Statistics compiled by the Government of India from the reports of provincial Civil Veterinary Departments
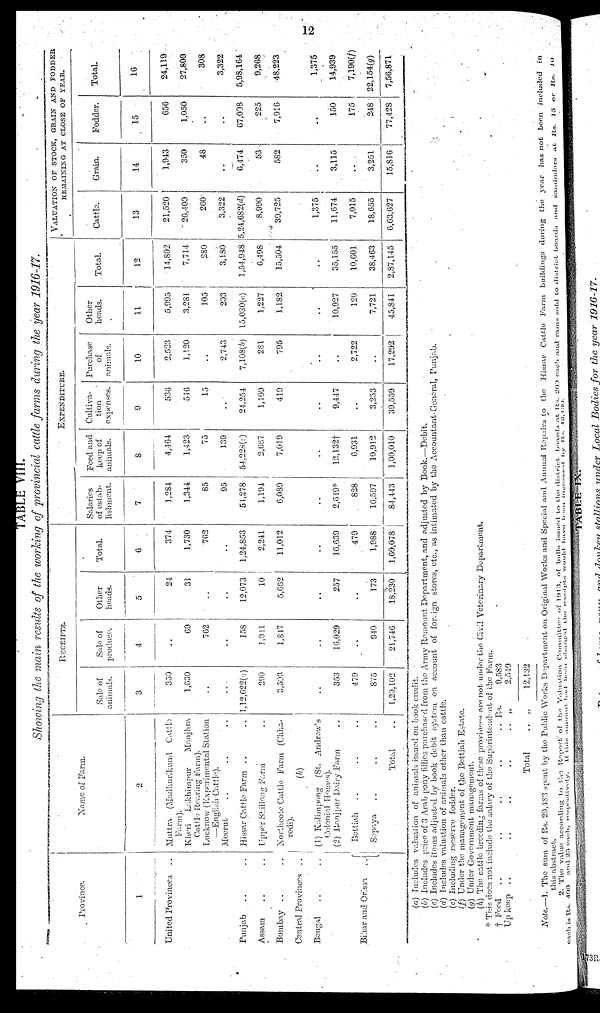
12
TABLE VIII.
Showing the main results of the working of provincial cattle farms during the year 1916-17.
Province.
1
United Provinces
..
Punjab
.. ..
Assam.. ..
Bombay .. ..
Control Provinces ..
Bengal
.. ..
Bihar and Orissa
..
Name of Farm.
2
Muttra (Madhurikand Cattle
Farm).
Kheri
Lakhimpur
Manjhra
Cattle Rearing Farm).
Lucknow (Experimental Station
—English Cattle).
Meerut .. .. ..
Hissar Cattle Farm .. ..
Upper Shillong Farm ..
Northcote Cattle Farm (Chha-
rodi).
(h)
(1) Kalimpong (St. Andrew's
Colonial Homes).
(2) Ranjpur Dairy Farm ..
Bettiah
.. .. ..
Sopaya .. .. ..
Total ..
RECEIPTS..
Sale of
animals.
3
350
1,630
..
..
1,12,622(a)
290
3,503
..
353
479
875
1,20,102
Sale of
produce.
4
..
69
762
..
158
1,941
1,847
..
16,029
..
940
21,746
Other
heads.
5
24
31
..
..
12,073
10
5,662
..
257
..
173
18,230
Total.
6
374
1,730
762
..
1,24,853
2,241
11,012
..
16,639
479
1,988
1,60,078
EXPENDITURE
Salaries
of estab-
lishment.
7
1,284
1,344
85
95
51,278
1,194
6,089
..
2,649*
828
16,597
84,443
Feed and
keep of
animals.
8
4,464
1,423
75
139
54,228(a)
2,687
7,019
..
12,132†
6,931
10,912
1,00,010
Cultiva-
tion
expenses.
9
536
546
15
..
24,254
1,109
419
..
9,447
..
3,233
39,559
Purchase
of
animals.
10
2,523
1,120
..
2,743
7,108(b)
281
795
..
..
2,722
..
17,292
Other
heads.
11
5,995
3,281
105
203
15,030(c)
1,227
1,182
..
10,927
120
7,721
45,841
Total.
12
14,802
7,714
280
3,180
1,54,948
6,498
15,504
..
35,155
10,601
38,463
2,87,145
VALUATION OF STOCK, GRAIN AND FODDER
REMAINING AT CLOSE OF YEAR.
Cattle.
13
21,520
20,409
260
3,322
5,24,682(d)
8,990
39,725
1,375
11,674
7,015
18,655
6,63,627
Grain.
14
1,943
350
48
..
6,474
53
582
..
3,115
..
3,251
15,816
Fodder.
15
656
1,050
..
..
67,008
225
7,916
..
150
175
248
77,428
Total.
16
24,119
27,809
308
3,322
5,98,164
9,268
48,223
1,375
14,939
7,190(f)
22,154(g)
7,56,871
(a) Includes valuation of animals issued on book credit.
(b) Includes price of 3 Arab pony fillies purchase d from the Army Remount Department, and adjusted by Book.—Debit.
(c) Includes items adjusted by book debit system on account of foreign stores, etc., as intimated by the Accountant-General, Punjab
(d) Includes valuation of animals other than cattle.
(e) Including rseserve fodder.
(f) Under the management of the Bettiah Estate.
(g) Under Government management.
(h) The cattle breeding farms of these provinces are not under the Civil Veterinary Department.
* This does not include the salary of the Superintendent of the Farm.
† Feed ..
Up keep
..
.. ..
.. ..
..
..
Total
.. Rs.
.. „
.. „
9,583
2,549
12,132
Note. 1. The sum of Rs. 20,483 spent by the Public Works Department on Original Works and Special and Annual Repairs to the Hissar Cattle Farm buildings during the year has not been included in
this abstract.
2. The value according to the Report of the Valuation Committer of 1913, of bulls issued to the district boards at Rs. 200 each and rams sold to district boards
and
zamindars
at Rs. 15 or Rs. 10
each is Rs. 400 and 25 each, respecutively. If this amount had been charged the receipts would have been been increased by Rs. 12,130.